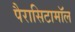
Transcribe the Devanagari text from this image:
पैरासिटामॉल